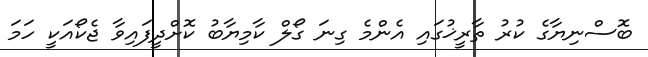
ބޮސްނިޔާގެ ކުރު ތާރީޚުގައި އެންމެ ގިނަ ގޯލް ކާމިޔާބު ކޮށްދީފައިވާ ޖެކޯއަކީ ހަމަ